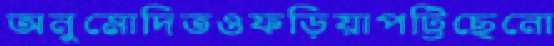
অনুমোদিতওফড়িয়াপট্টিছেনো